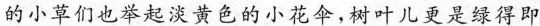
的小草们也举起淡黄色的小花伞，树叶儿更是绿得即